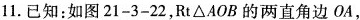
11.已知：如图21-3-22，Rt△AOB的两直角边OA，